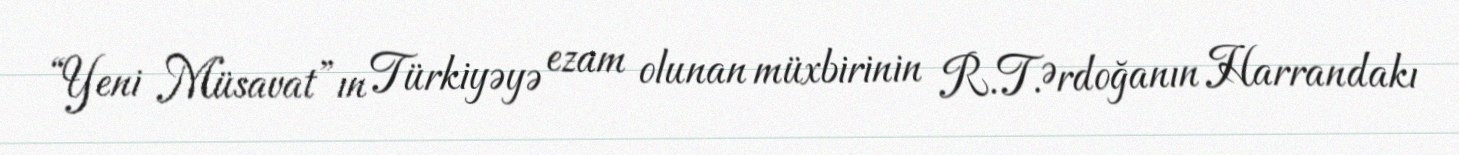
“Yeni Müsavat”ın Türkiyəyə ezam olunan müxbirinin R.T.Ərdoğanın Harrandakı